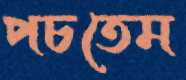
পচতেম